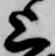
上